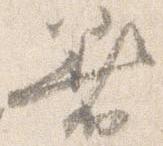
着